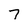
Character: 7